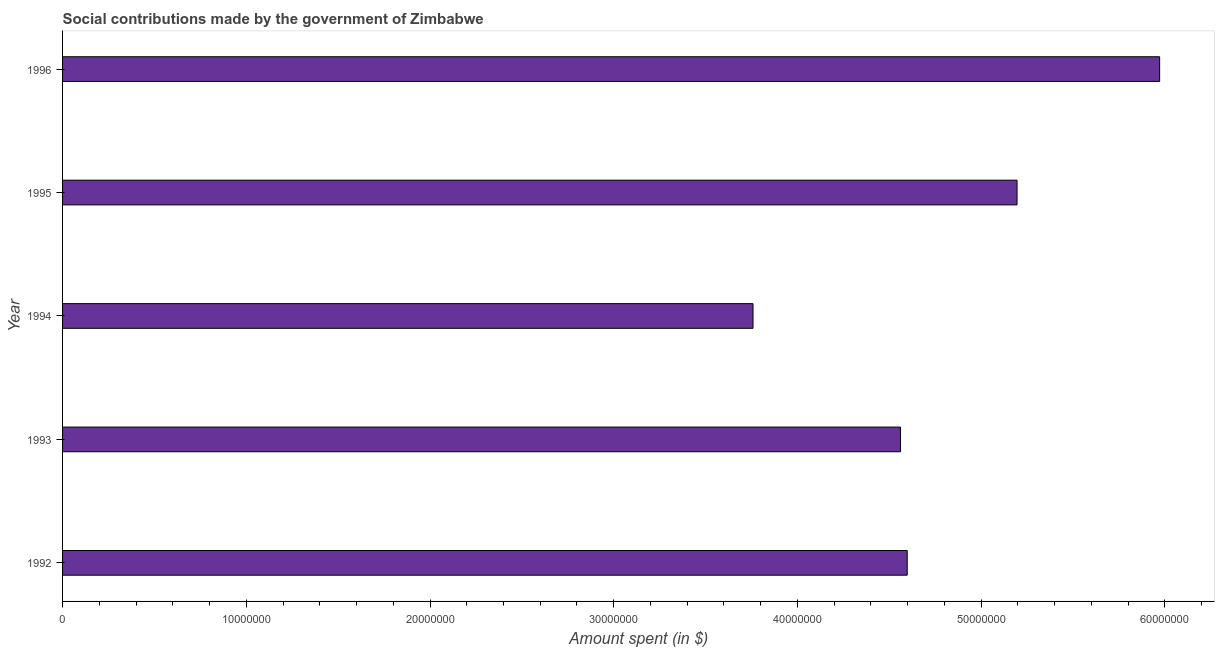
| Year | Social contributions |
 | --- | --- |
 | 1992 | 4.6e+07 |
 | 1993 | 4.56e+07 |
 | 1994 | 3.76e+07 |
 | 1995 | 5.2e+07 |
 | 1996 | 5.97e+07 |